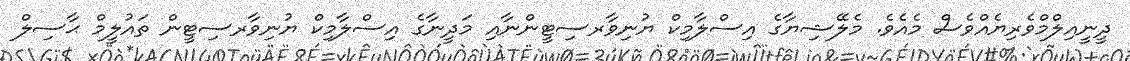
ދީނީއިލްމްވެރިޔެއްވެސް މެއެވެ. މެލޭޝިޔާގެ އިސްލާމިކް ޔުނިވާރސިޓީންނާއި މަދީނާގެ އިސްލާމިކް ޔުނިވާރސިޓީން ތައުލީމް ޙާސިލް